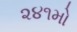
૨૪૧મો